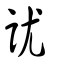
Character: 訧